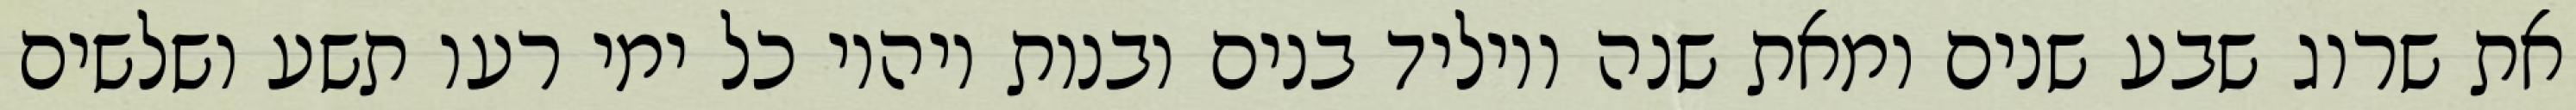
את שרוג שבע שנים ומאת שנה ויוליד בנים ובנות ויהיו כל ימי רעו תשע ושלשים